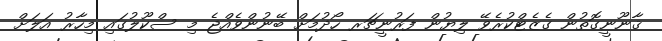
ޤާނޫނީގޮތުން ގެޒެޓްކުރެވޭ ލިޔުން ފަރުނީޗަރ ހޯދުމަށް ބޭނުންވެއްޖެ މި ސްކޫލުގައި މިހާރު އަލަށް